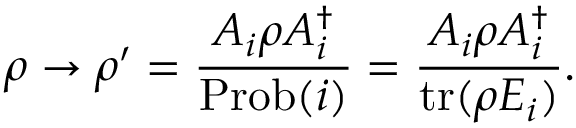
\rho \to \rho ^ { \prime } = { \frac { A _ { i } \rho A _ { i } ^ { \dagger } } { \mathrm { P r o b } ( i ) } } = { \frac { A _ { i } \rho A _ { i } ^ { \dagger } } { \operatorname { t r } ( \rho E _ { i } ) } } .